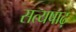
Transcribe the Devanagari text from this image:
सत्यषाढ़